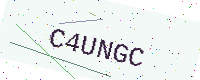
Text: C4UNGC